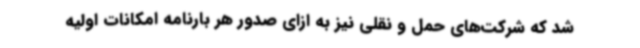
شد که شرکت‌های حمل و نقلی نیز به ازای صدور هر بارنامه امکانات اولیه